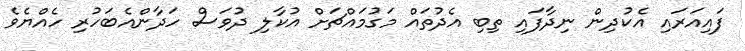
ފައިއަރައި އެކުދިން ނިދާފައި ތިބި އެދުތައް މަގުމައްޗަށް އުކާލި ދުވަސް ހަދާންއެބަހުރި ހެއްޔެވެ